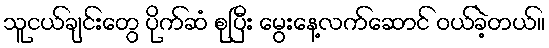
သူငယ်ချင်းတွေ ပိုက်ဆံ စုပြီး မွေးနေ့လက်ဆောင် ဝယ်ခဲ့တယ်။